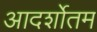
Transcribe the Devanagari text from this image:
आदर्शोतम